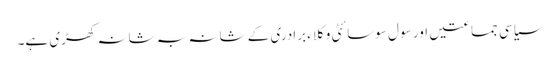
سیاسی جماعتیں اور سو ل سوسائٹی وکلاء برادری کے شانہ بہ شانہ کھڑی ہے۔